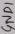
Text: GND1